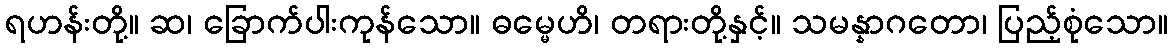
ရဟန်းတို့။ ဆ၊ ခြောက်ပါးကုန်သော။ ဓမ္မေဟိ၊ တရားတို့နှင့်။ သမန္နာဂတော၊ ပြည့်စုံသော။